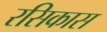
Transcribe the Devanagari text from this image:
रसिकास